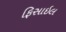
ફિસાઇલ